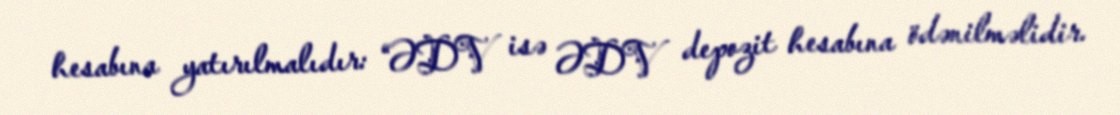
hesabına yatırılmalıdır: “ƏDV isə ƏDV depozit hesabına ödənilməlidir.